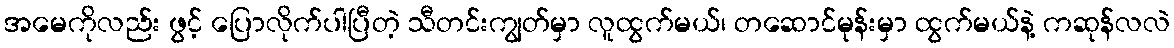
အမေကိုလည်း ဖွင့် ပြောလိုက်ပါပြီတဲ့ သီတင်းကျွတ်မှာ လူထွက်မယ်၊ တဆောင်မုန်းမှာ ထွက်မယ်နဲ့ ကဆုန်လလဲ